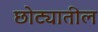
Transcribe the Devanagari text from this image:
छोट्यातील